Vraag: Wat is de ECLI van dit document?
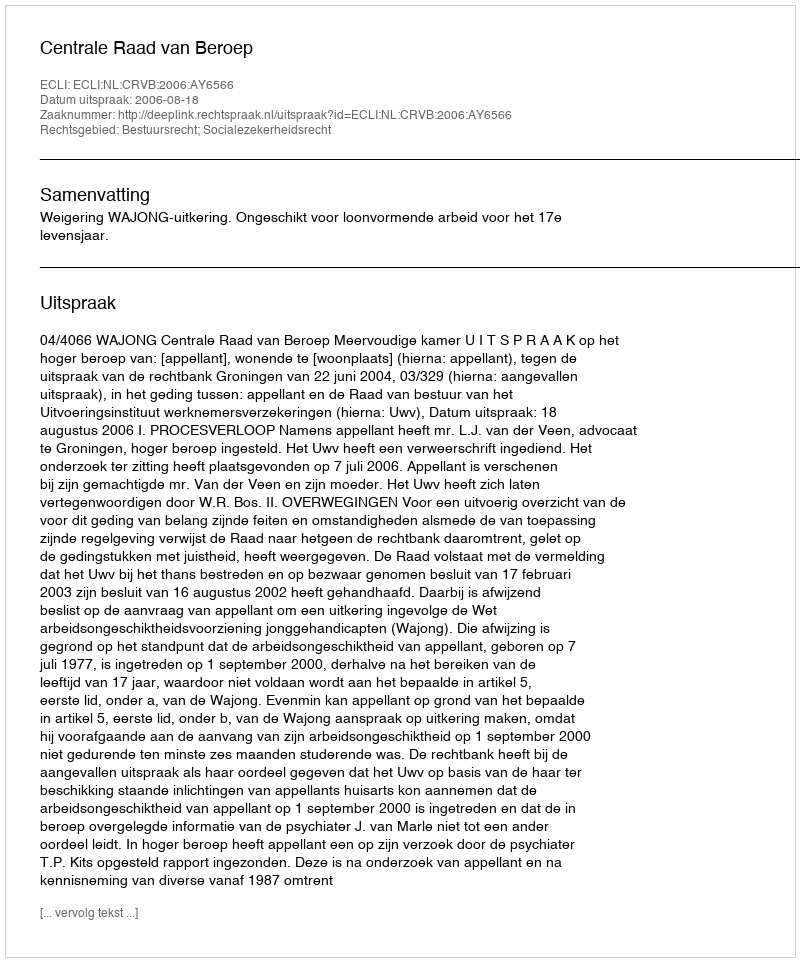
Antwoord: ECLI:NL:CRVB:2006:AY6566